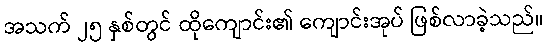
အသက် ၂၅ နှစ်တွင် ထိုကျောင်း၏ ကျောင်းအုပ် ဖြစ်လာခဲ့သည်။